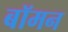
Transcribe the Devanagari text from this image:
बॉमन